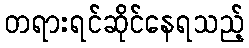
တရားရင်ဆိုင်နေရသည့်